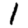
Digit: 1